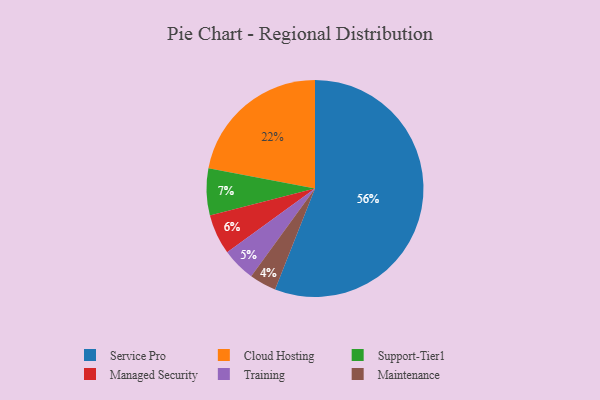
{"axis": {"x": "Category", "y": "Percentage"}, "legend": ["Cloud Hosting", "Maintenance", "Managed Security", "Service Pro", "Support-Tier1", "Training"], "data": [{"x": "Cloud Hosting", "y": 22, "type": "Cloud Hosting"}, {"x": "Maintenance", "y": 4, "type": "Maintenance"}, {"x": "Training", "y": 5, "type": "Training"}, {"x": "Support-Tier1", "y": 7, "type": "Support-Tier1"}, {"x": "Service Pro", "y": 56, "type": "Service Pro"}, {"x": "Managed Security", "y": 6, "type": "Managed Security"}]}